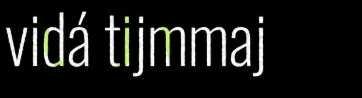
vidá tijmmaj